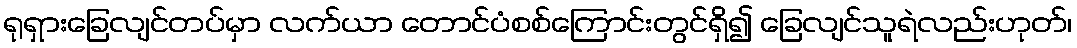
ရုရှားခြေလျင်တပ်မှာ လက်ယာ တောင်ပံစစ်ကြောင်းတွင်ရှိ၍ ခြေလျင်သူရဲလည်းဟုတ်၊